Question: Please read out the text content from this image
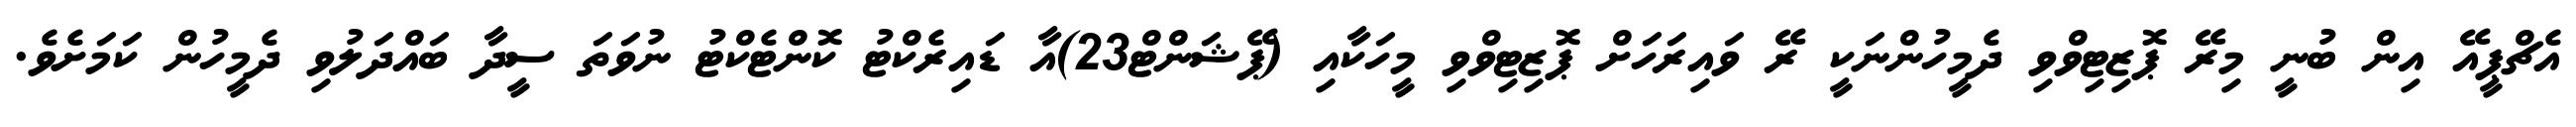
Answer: އެޗްޕީއޭ އިން ބުނީ މިރޭ ޕޮޒިޓިވްވި ދެމީހުންނަކީ ރޭ ވައިރަހަށް ޕޮޒިޓިވްވި މީހަކާއި (ޕޭޝަންޓް23)އާ ޑައިރެކްޓު ކޮންޓެކްޓު ނުވަތަ ސީދާ ބައްދަލުވި ދެމީހުން ކަމަށެވެ.